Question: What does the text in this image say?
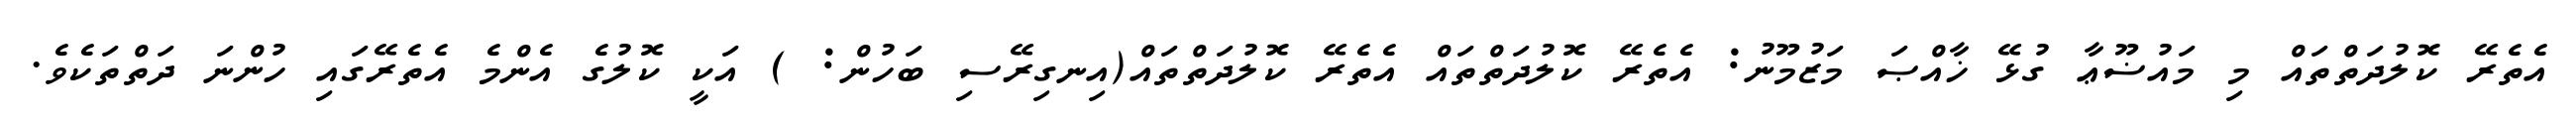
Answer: އެތެރޭ ކޮލުދަތްތައް މި މައުޟޫޢާ ގުޅޭ ޚާއްޞަ މަޒުމޫނު: އެތެރޭ ކޮލުދަތްތައް އެތެރޭ ކޮލުދަތްތައް(އިނގިރޭސި ބަހުން: ) އަކީ ކޮލުގެ އެންމެ އެތެރޭގައި ހުންނަ ދަތްތަކެވެ.